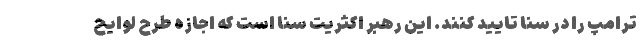
ترامپ را در سنا تایید کنند. این رهبر اکثریت سنا است که اجازه طرح لوایح